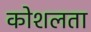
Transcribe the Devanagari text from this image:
कोशलता